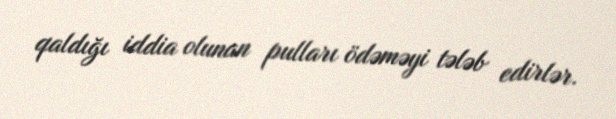
qaldığı iddia olunan pulları ödəməyi tələb edirlər.